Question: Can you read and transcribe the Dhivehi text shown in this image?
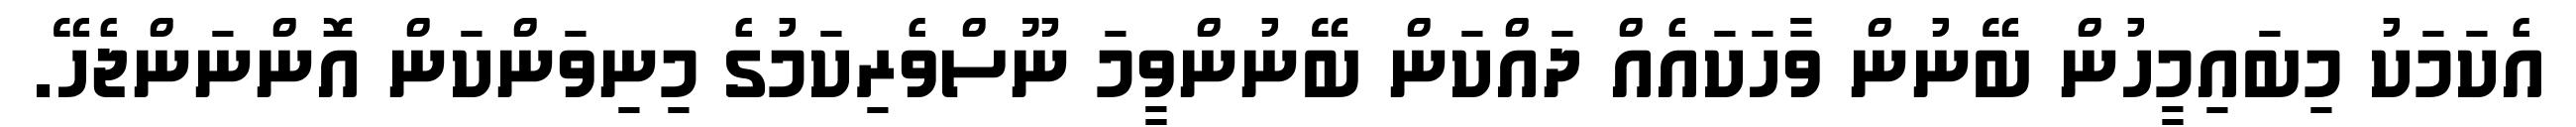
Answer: އެކަމަކު މިބައިމީހުން ބޭނުން ވާހަކައެއް ދައްކަން ބޭނުންވީމަ ނޫސްވެރިކަމުގެ މިނިވަންކަން އޮންނަންޖެހޭ.